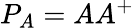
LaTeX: P_{A}=AA^{+}